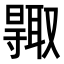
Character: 𠮊